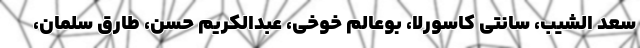
سعد الشیب، سانتی کاسورلا، بوعالم خوخی، عبدالکریم حسن، طارق سلمان،